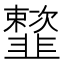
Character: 𩐒